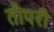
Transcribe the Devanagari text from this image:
तोपरी